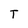
Character: T